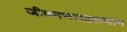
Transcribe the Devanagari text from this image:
जीवनभरादरम्यान